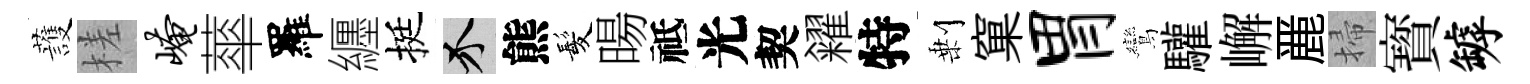
䕶槎崦蕐羅纒挺介熊髪暘祗光契糴特剰窠胃鸞驩嶰䴡掃寳罅